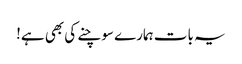
یہ بات ہمارے سوچنے کی بھی ہے!